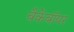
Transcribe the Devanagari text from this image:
बैकेंबॉयर